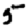
Digit: 5